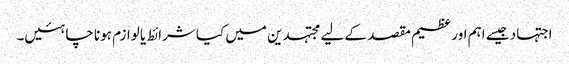
اجتہاد جیسے اہم اور عظیم مقصد کے لیے مجتہدین میں کیا شرائط یا لوازم ہونا چاہئیں۔